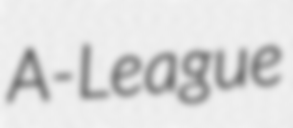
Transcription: A-League